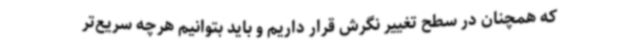
که همچنان در سطح تغییر نگرش قرار داریم و باید بتوانیم هرچه سریع‌تر